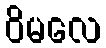
ဝိမလေ